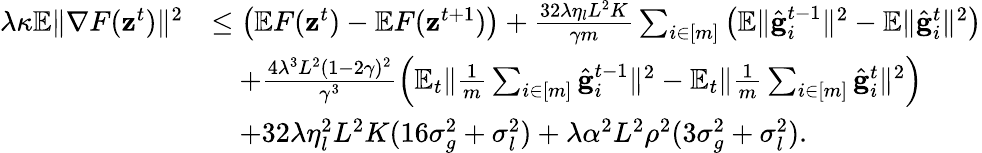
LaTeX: \begin{array}{rl}{\lambda\kappa\mathbb{E}\Vert\nabla F(\mathbf{z}^{t})\Vert^{2}}&{\leq\left(\mathbb{E}F(\mathbf{z}^{t})-\mathbb{E}F(\mathbf{z}^{t+1})\right)+\frac{32\lambda\eta_{l}L^{2}K}{\gamma m}\sum_{i\in[m]}\left(\mathbb{E}\Vert\hat{\mathbf{g}}_{i}^{t-1}\Vert^{2}-\mathbb{E}\Vert\hat{\mathbf{g}}_{i}^{t}\Vert^{2}\right)}\\ &{\quad+\frac{4\lambda^{3}L^{2}(1-2\gamma)^{2}}{\gamma^{3}}\left(\mathbb{E}_{t}\Vert\frac{1}{m}\sum_{i\in[m]}\hat{\mathbf{g}}_{i}^{t-1}\Vert^{2}-\mathbb{E}_{t}\Vert\frac{1}{m}\sum_{i\in[m]}\hat{\mathbf{g}}_{i}^{t}\Vert^{2}\right)}\\ &{\quad+32\lambda\eta_{l}^{2}L^{2}K(16\sigma_{g}^{2}+\sigma_{l}^{2})+\lambda\alpha^{2}L^{2}\rho^{2}(3\sigma_{g}^{2}+\sigma_{l}^{2}).}\end{array}